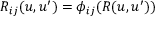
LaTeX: R _ { i j } ( u , u ^ { \prime } ) = \phi _ { i j } ( R ( u , u ^ { \prime } ) )